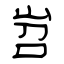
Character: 岧